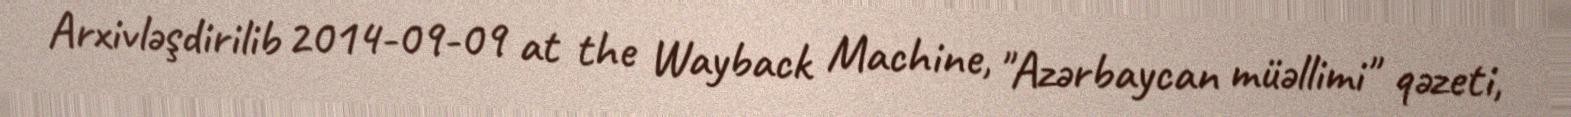
Arxivləşdirilib 2014-09-09 at the Wayback Machine, "Azərbaycan müəllimi" qəzeti,